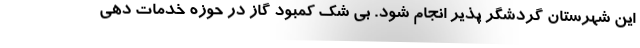
این شهرستان گردشگر پذیر انجام شود. بی شک کمبود گاز در حوزه خدمات دهی